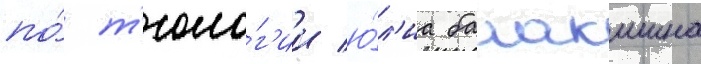
по́ т'еоло́г'ии ю́л'иа балакшина